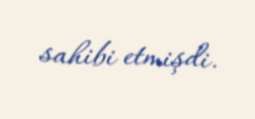
sahibi etmişdi.